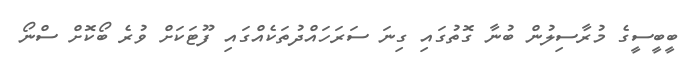
ބީބީސީގެ މުރާސިލުން ބުނާ ގޮތުގައި ގިނަ ސަރަހައްދުތަކެއްގައި ފޫޓަކަށް ވުރެ ބޯކޮށް ސްނޯ